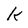
Character: k